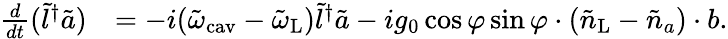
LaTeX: \begin{array}{rl}{\frac{d}{dt}(\tilde{l}^{\dagger}\tilde{a})}&{=-i(\tilde{\omega}_{\mathrm{cav}}-\tilde{\omega}_{\mathrm{L}})\tilde{l}^{\dagger}\tilde{a}-ig_{0}\cos\varphi\sin\varphi\cdot(\tilde{n}_{\mathrm{L}}-\tilde{n}_{a})\cdot b.}\end{array}